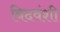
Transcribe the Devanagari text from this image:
विदवंशी